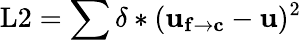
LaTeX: \mathrm{L2}=\sum\delta*(\mathbf{u_{f\rightarrow c}}-\mathbf{u})^{2}